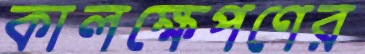
কালক্ষেপণের